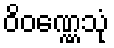
ဝိဝဏ္ဏေသုံ